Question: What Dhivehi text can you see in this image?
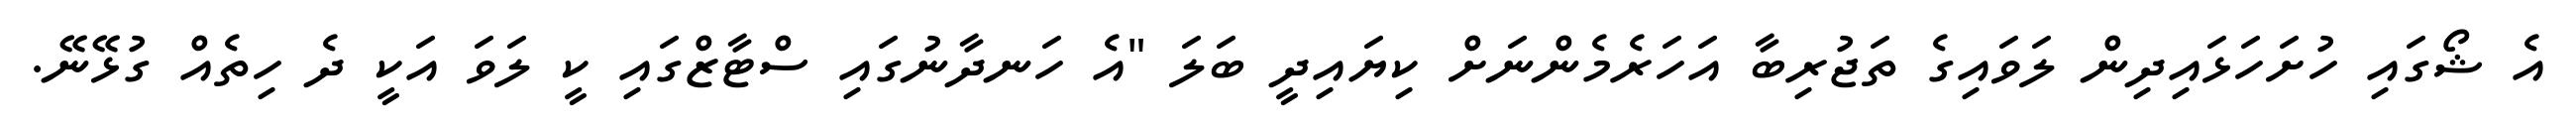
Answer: އެ ޝޯގައި ހުށަހަޅައިދިން ލަވައިގެ ތަޖުރިބާ އަހަރެމެންނަށް ކިޔައިދީ ބަލަ "އެ ހަނދާނުގައި ސްޓާޒްގައި ކީ ލަވަ އަކީ ދެ ހިތެއް ގުޅޭނޭ.